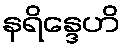
နရိန္ဒေဟိ